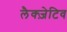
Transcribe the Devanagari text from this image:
लैक्ज़ेटिव